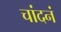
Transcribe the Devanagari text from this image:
चांदनं